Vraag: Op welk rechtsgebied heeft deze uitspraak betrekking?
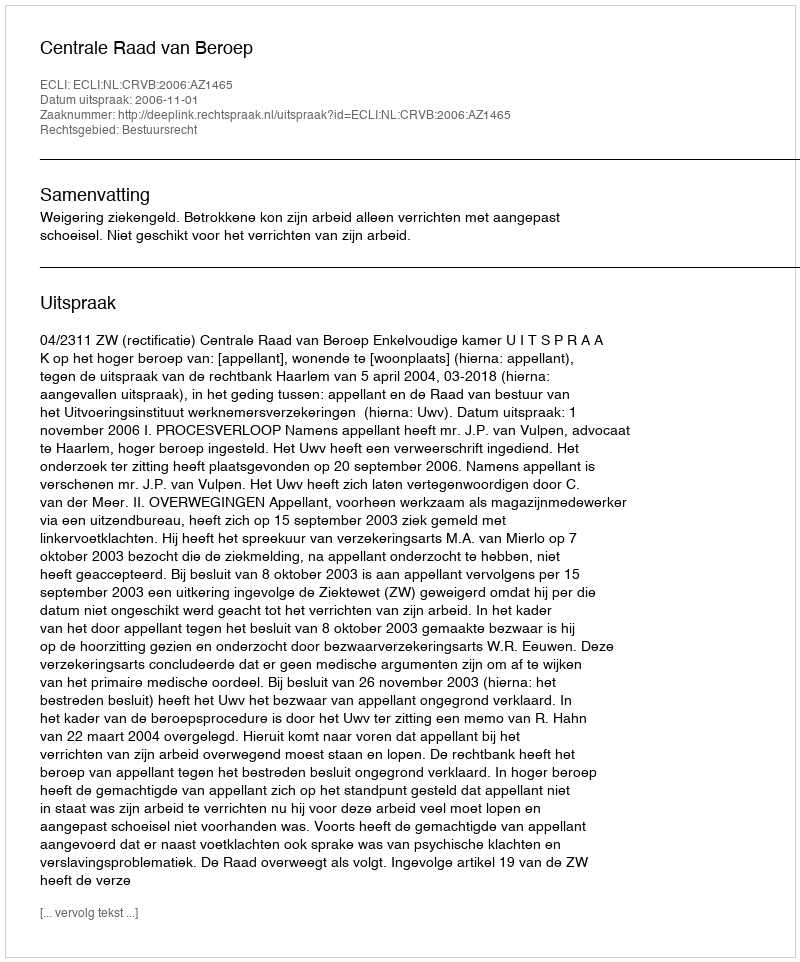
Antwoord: Bestuursrecht